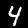
Digit: 4